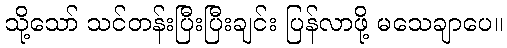
သို့သော် သင်တန်းပြီးပြီးချင်း ပြန်လာဖို့ မသေချာပေ။